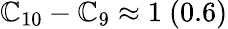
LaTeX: \mathbb{C}_{10}-\mathbb{C}_{9}\approx1~(0.6)